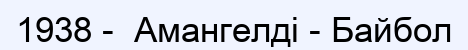
1938 -  Амангелді - Байбол